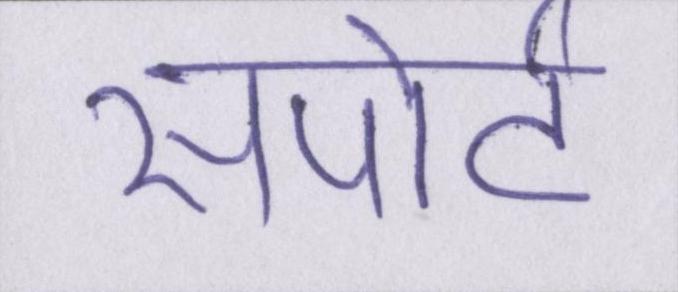
सपोर्ट